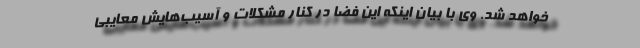
خواهد شد. وی با بیان اینکه این فضا در کنار مشکلات و آسیب‌هایش معایبی